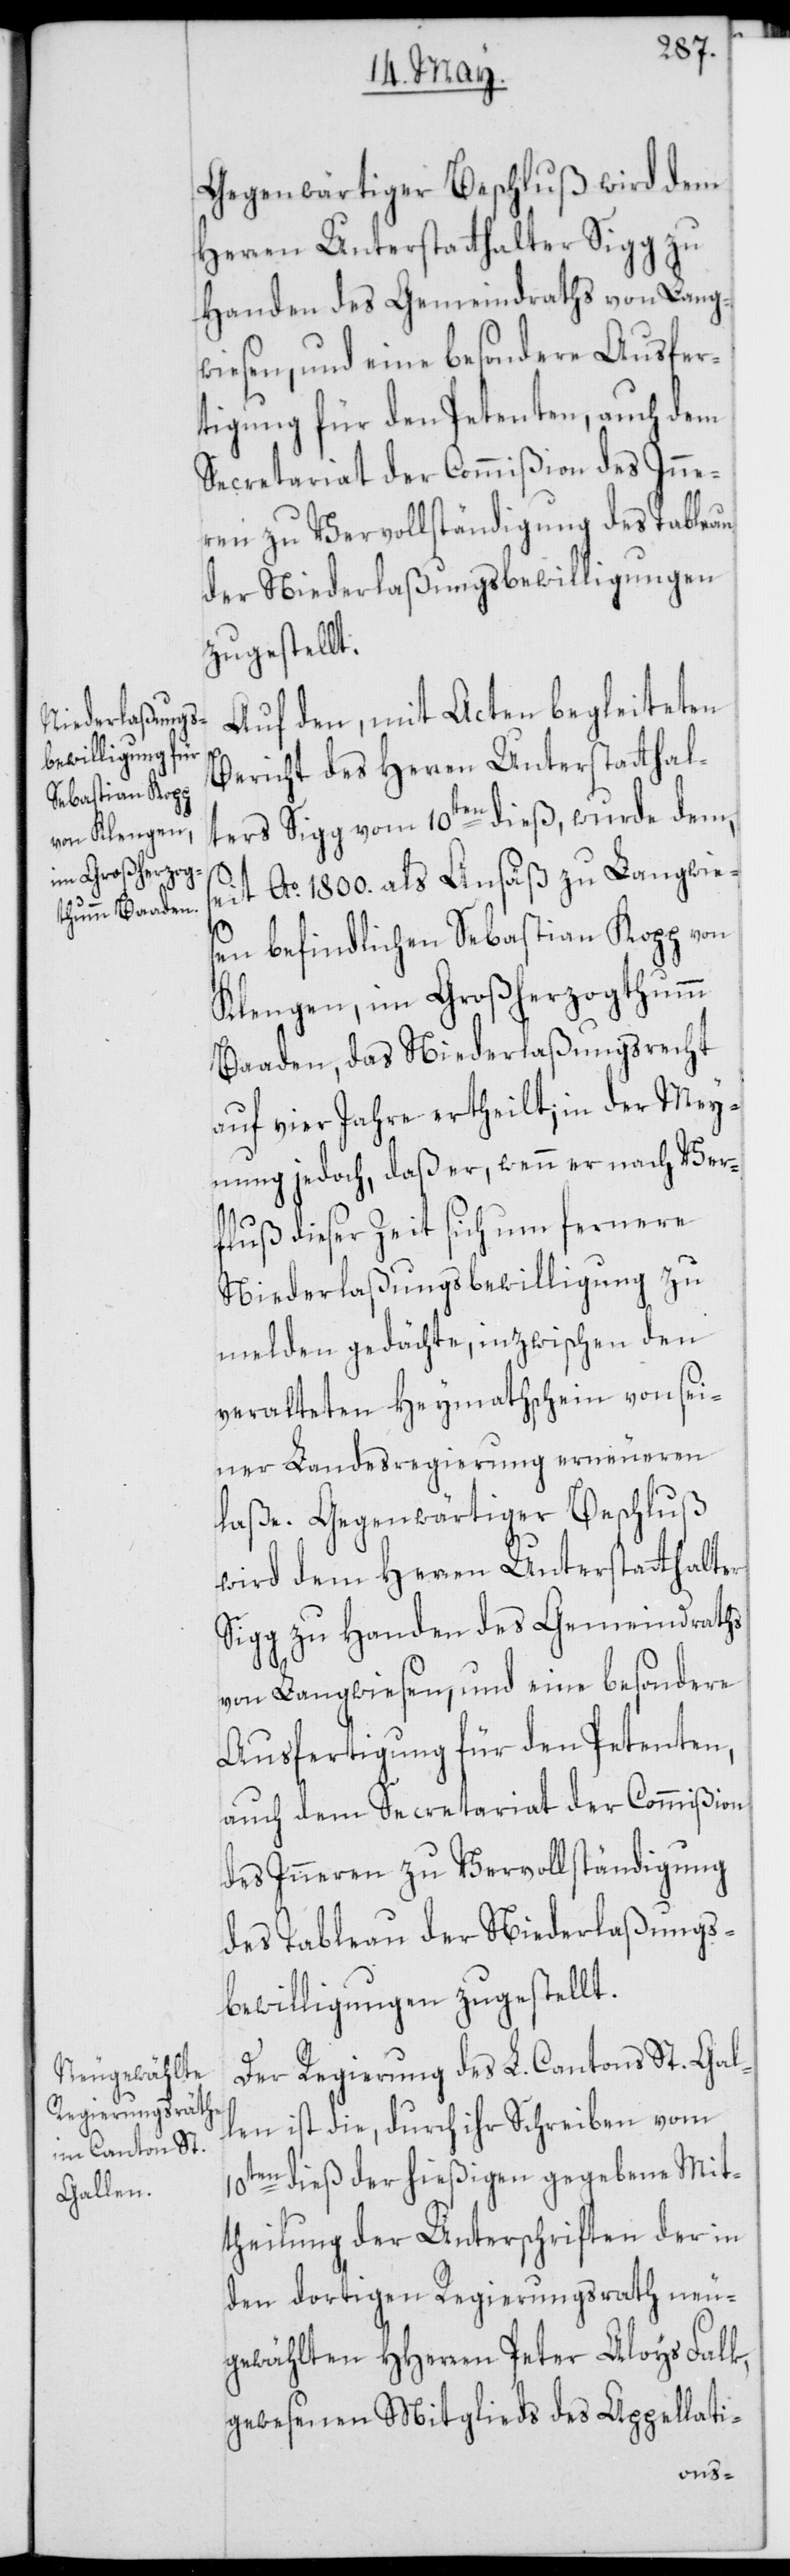
Gegenwärtiger Beschluß wird dem
Herren Unterstatthalter Sigg zu
Handen des Gemeindraths von Lang¬
wiesen, und eine besondere Ausfer¬
tigung für den Petenten, auch dem
Secretariat der Commißion des Inne¬
ren zu Vervollständigung des Tableau
der Niederlaßungsbewilligungen
zugestellt.
Auf den, mit Acten begleiteten
Bericht des Herren Unterstatthal¬
ters Sigg vom 10ten dieß, wurde dem,
seit Ao. 1800. als Ansäß zu Langwies¬
en befindlichen Sebastian Kopp von
Klengen, im Großherzogthumm
Baaden, das Niederlaßungsrecht
auf vier Jahre ertheilt; in der Mey¬
nung jedoch, daß er, wenn er nach Ver¬
fluß dieser Zeit sich um fernere
Niederlaßungsbewilligung zu
melden gedächte, inzwischen den
veralteten Heymathschein von sei¬
ner Landesregierung erneueren
laße. Gegenwärtiger Beschluß
wird dem Herren Unterstatthalter
Sigg zu Handen des Gemeindraths
von Langwiesen, und eine besondere
Ausfertigung für den Petenten,
auch dem Secretariat der Commißion
des Inneren zu Vervollständigung
des Tableau der Niederlaßungs¬
bewilligungen zugestellt.
Der Regierung des L. Cantons St. Gal¬
len ist die, durch ihr Schreiben vom
10ten dieß der hießigen gegebene Mit¬
theilung der Unterschriften der in
den dortigen Regierungsrath neu¬
gewählten HHerren Peter Aloys Falk,
gewesenen Mitglieds des Appellati-